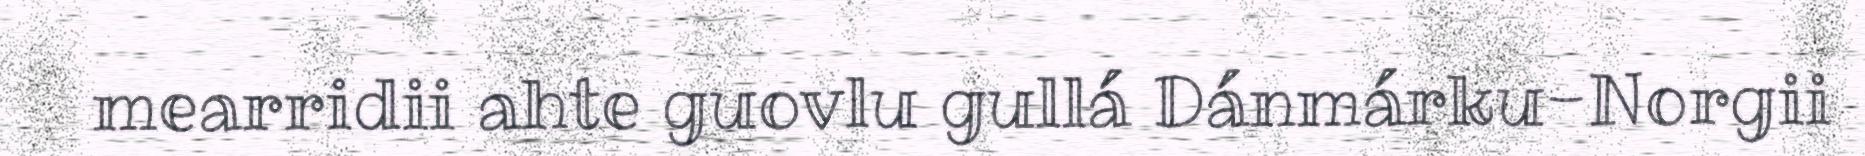
mearridii ahte guovlu gullá Dánmárku-Norgii